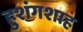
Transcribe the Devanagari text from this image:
हुशंगशाह